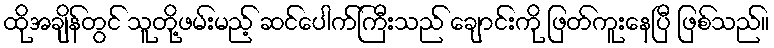
ထိုအချိန်တွင် သူတို့ဖမ်းမည့် ဆင်ပေါက်ကြီးသည် ချောင်းကို ဖြတ်ကူးနေပြီ ဖြစ်သည်။